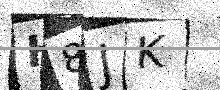
Text: H8JK